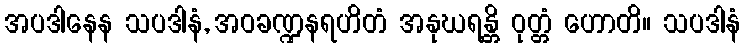
အပဒါနေန သပဒါနံ, အဝခဏ္ဍနရဟိတံ အနုဃရန္တိ ဝုတ္တံ ဟောတိ။ သပဒါနံ